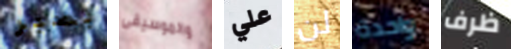
بصبر والموسيقى علي لن واحدة ظرف